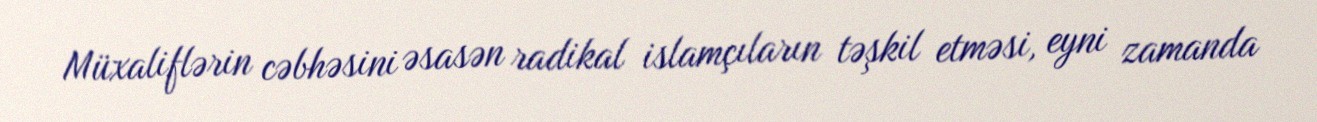
Müxaliflərin cəbhəsini əsasən radikal islamçıların təşkil etməsi, eyni zamanda